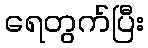
ရေတွက်ပြီး